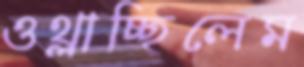
ওথ্‌লাচ্ছিলেম